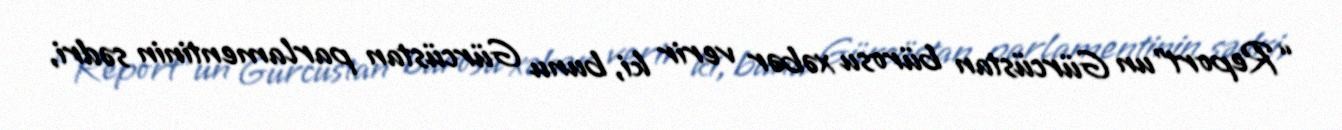
“Report”un Gürcüstan bürosu xəbər verir ki, bunu Gürcüstan parlamentinin sədri,